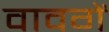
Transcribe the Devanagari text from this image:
वावगें